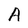
Character: A